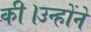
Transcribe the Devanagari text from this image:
की।उन्होंने